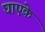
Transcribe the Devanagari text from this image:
घाएके